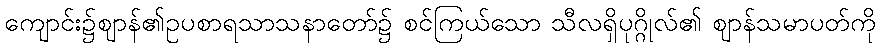
ကျောင်း၌ဈာန်၏ဥပစာရသာသနာတော်၌ စင်ကြယ်သော သီလရှိပုဂ္ဂိုလ်၏ ဈာန်သမာပတ်ကို